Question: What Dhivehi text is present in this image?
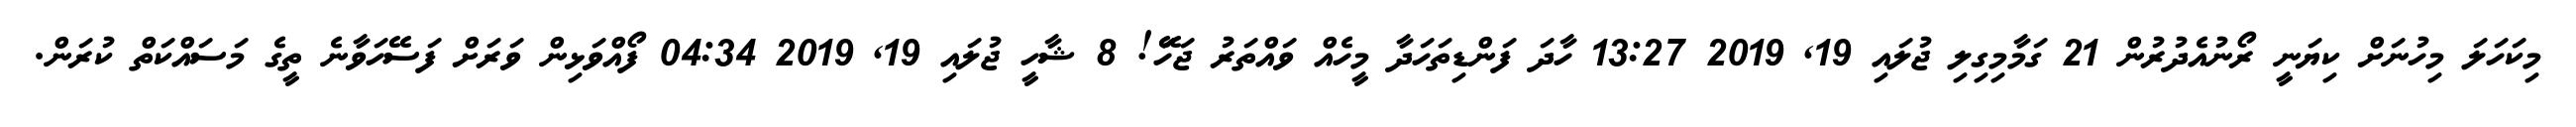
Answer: މިކަހަލަ މިހުނަށް ކިޔަނީ ރޯނުއެދުރުން 21 ގަމާމިގިލި ޖުލައި 19, 2019 13:27 ހާދަ ފަންޑިތަހަދާ މީހެއް ވައްތަރު ޖަހަަޭ! 8 ޝާހީ ޖުލައި 19, 2019 04:34 ފޯއްވަޅިން ވަރަށް ފަސޭހަވާނެ ތީގެ މަސައްކަތް ކުރަން.